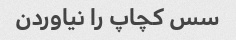
سس کچاپ را نیاوردن